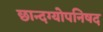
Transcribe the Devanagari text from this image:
छान्दग्योपनिषद